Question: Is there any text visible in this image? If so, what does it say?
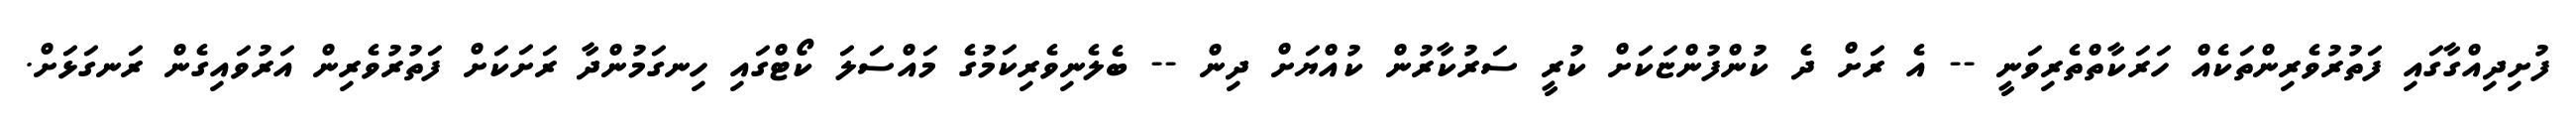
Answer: ފުށިދިއްގާގައި ފަތުރުވެރިންތަކެއް ހަރަކާތްތެރިވަނީ -- އެ ރަށް ދެ ކުންފުންޏަކަށް ކުރީ ސަރުކާރުން ކުއްޔަށް ދިން -- ބެލެނިވެރިކަމުގެ މައްސަލަ ކޯޓްގައި ހިނގަމުންދާ ރަށަކަށް ފަތުރުވެރިން އަރުވައިގެން ރަނގަޅަށް.